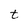
Character: t